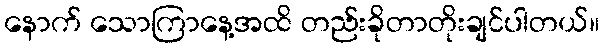
နောက် သောကြာနေ့အထိ တည်းခိုတာတိုးချင်ပါတယ်။